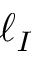
\ell _ { I }